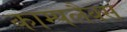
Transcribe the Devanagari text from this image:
काम्पलैक्स